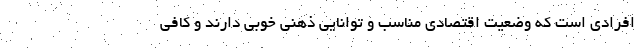
افرادی است که وضعیت اقتصادی مناسب و توانایی ذهنی خوبی دارند و کافی